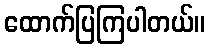
ထောက်ပြကြပါတယ်။